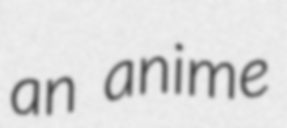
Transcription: an anime